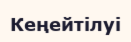
Кеңейтілуі